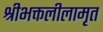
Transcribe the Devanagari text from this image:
श्रीभक्तलीलामृत